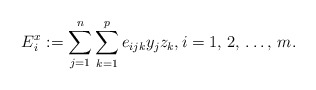
\begin{align*}E_{i}^{x}:=\sum\limits_{j=1}^n \sum\limits_{k=1}^p {e_{ijk}y_{j}z_{k}} ,i=1,\thinspace 2,\thinspace \mathellipsis ,\thinspace m.\end{align*}